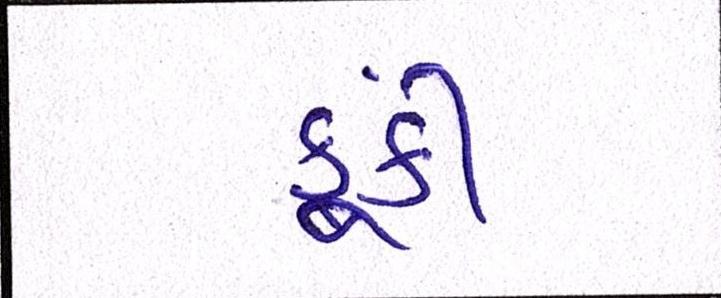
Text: ફૂંકી